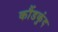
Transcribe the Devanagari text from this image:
कौंडकुंद